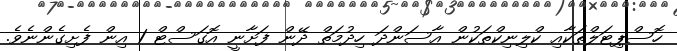
ހޮސްޕިޓަލްތަކާއި ކްލިނިކްތަކުން އާސަންދަ ހިދުމަތް ދޭން ފަށާނީ އޮގަސްޓް 1 އިން ފެށިގެންނެވެ.